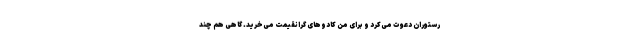
رستوران دعوت می‌کرد و برای من کادوهای گرانقیمت می‌خرید. گاهی هم چند